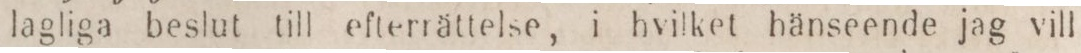
lagliga beslut till efterrättelse, i hvilket hänseende jag vill